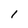
Character: I